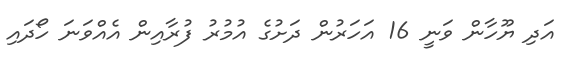
އަދި ޔޫހާން ވަނީ 16 އަހަރުން ދަށުގެ އުމުރު ފުރާއިން އެއްވަނަ ހޯދައި